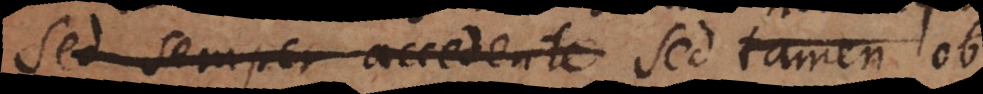
sed semper accedente sed tamen ob